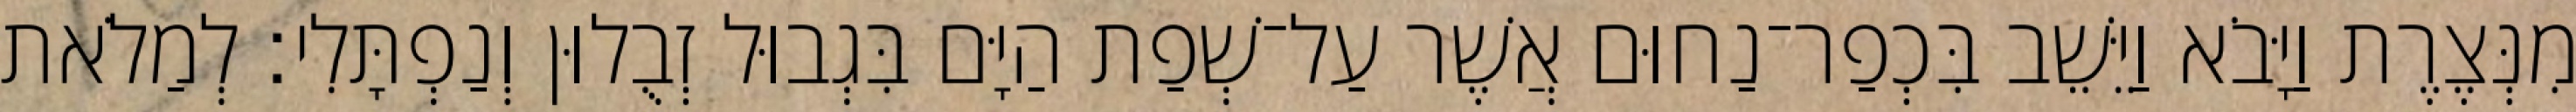
מִנְּצֶרֶת וַיָּבֹא וַיֵּשֵׁב בִּכְפַר־נַחוּם אֲשֶׁר עַל־שְׁפַת הַיָּם בִּגְבוּל זְבֻלוּן וְנַפְתָּלִי׃ לְמַלֹאת